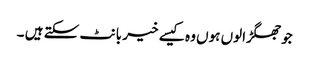
جوجھگڑالوں ہوں وہ کیسے خیر بانٹ سکتے ہیں ۔